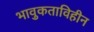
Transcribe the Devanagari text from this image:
भावुकताविहीन